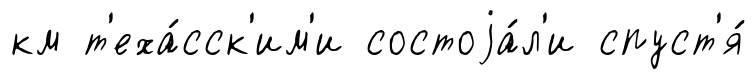
км т'еха́сск'им'и состоjа́л'и спуст'я́